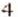
4